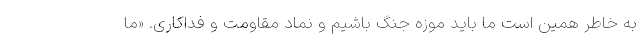
به خاطر همین است ما باید موزه جنگ باشیم و نماد مقاومت و فداکاری. «ما